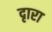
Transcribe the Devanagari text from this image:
दृारा